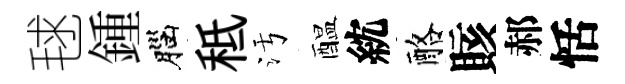
毬鍾腦秪污醖紞酪賅郝恬